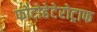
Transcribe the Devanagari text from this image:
फोटोहेटेरोट्राफ